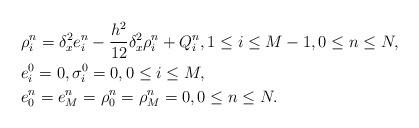
LaTeX: \begin{align*} &\rho_i^n=\delta_x^2 e_i^n-\frac{h^2}{12}\delta_x^2 \rho_i^n+Q_i^n,1\leq i \leq M-1,0\leq n\leq N,\\ &e_i^0=0,\sigma_i^0=0, 0\leq i \leq M,\\ &e_0^n=e_M^n=\rho_0^n=\rho_M^n=0,0\leq n\leq N. \end{align*}